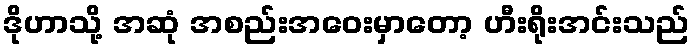
ဒိုဟာသို့ အဆုံ အစည်းအဝေးမှာတော့ ဟီးရိုးအင်းသည်